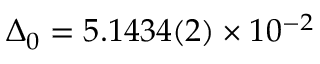
\Delta _ { 0 } = 5 . 1 4 3 4 ( 2 ) \times 1 0 ^ { - 2 }